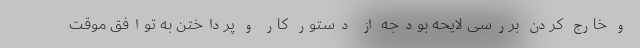
و خارج کردن بررسی لایحه بودجه از دستور کار و پرداختن به توافق موقت